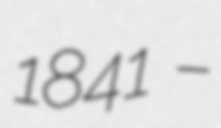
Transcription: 1841 –